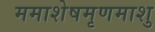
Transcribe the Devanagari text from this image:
ममाशेषमृणमाशु